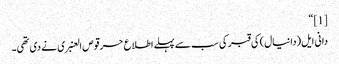
[1] “
دانی ایل(دانیال) کی قبر کی سب سے پہلے اطلاع حرقوص العنبری نے دی تھی۔